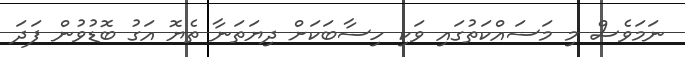
ނަމަވެސް މި މަސައްކަތުގައި ވަކި ހިސާބަކަށް ދިޔަތަނާ ތެޔޮ އަގު ބޮޑުވުން ފަދަ